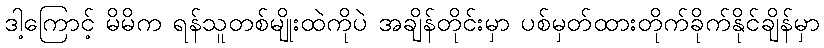
ဒါ့ကြောင့် မိမိက ရန်သူတစ်မျိုးထဲကိုပဲ အချိန်တိုင်းမှာ ပစ်မှတ်ထားတိုက်ခိုက်နိုင်ချိန်မှာ